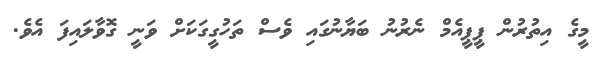
މީގެ އިތުރުން ޕީޕީއެމް ނެރުނު ބަޔާނުގައި ވެސް ތަހުގީގަކަށް ވަނީ ގޮވާލައިފަ އެވެ.